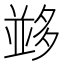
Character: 𡖼